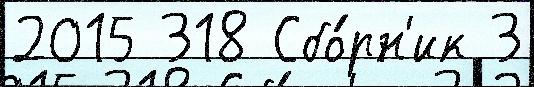
2015 318 Сбо́рн'ик 3